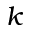
k